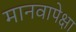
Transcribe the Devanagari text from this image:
मानवापेक्षा